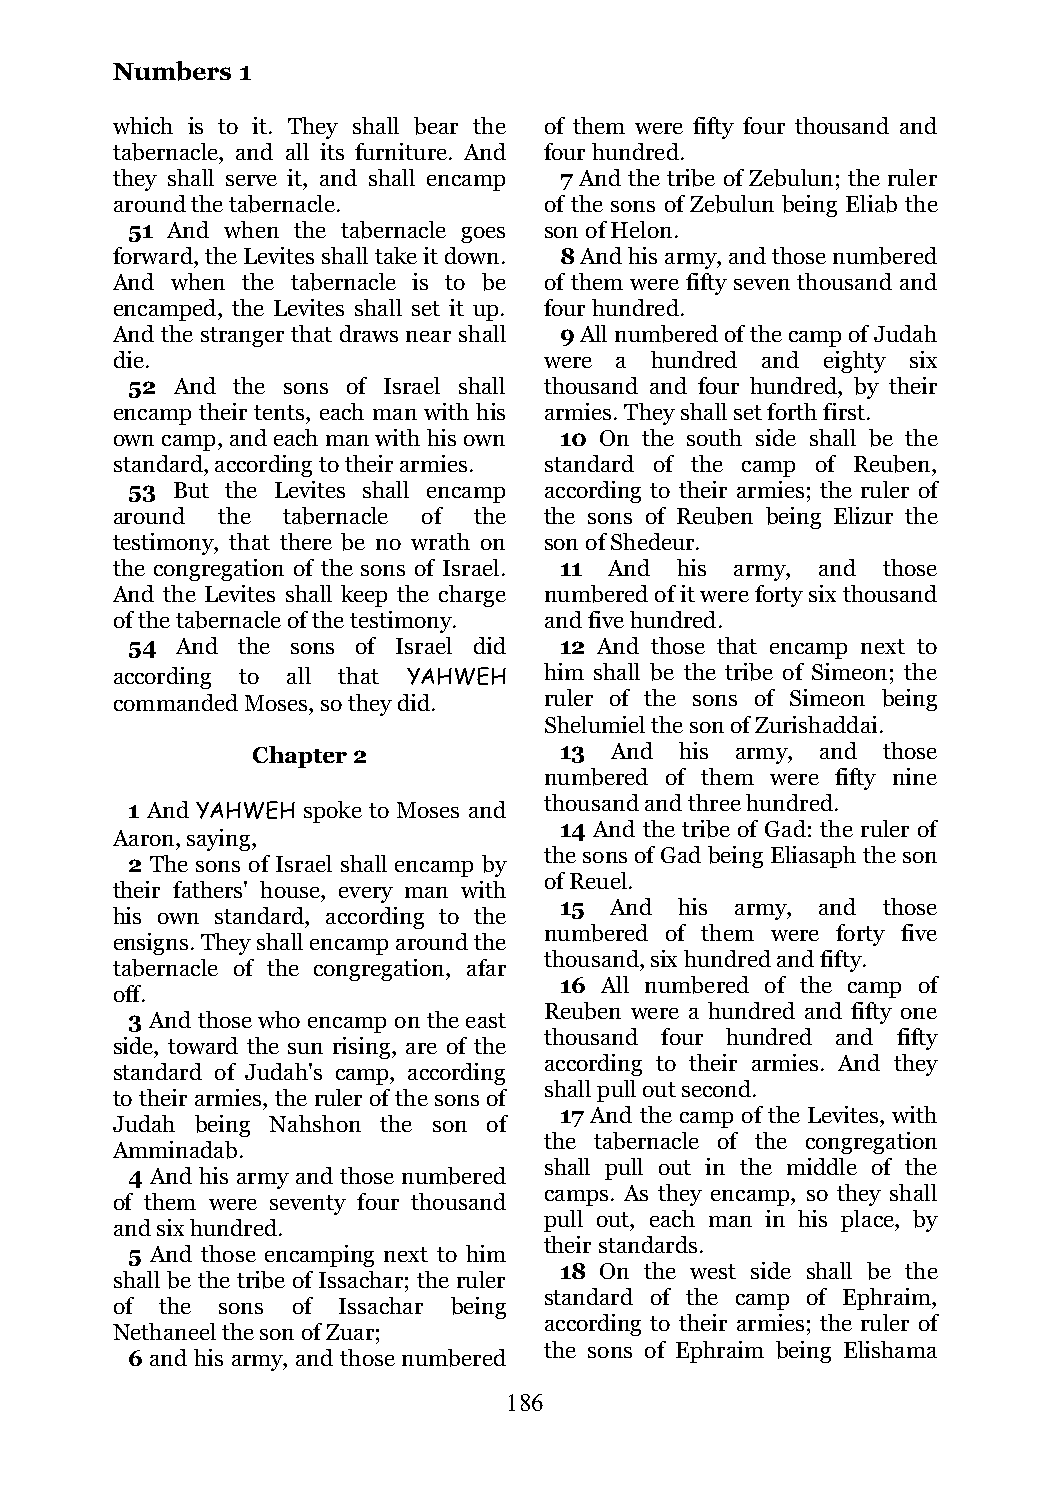
Numbers  1
 which is to it. They shall bear the of them were fifty four thousand and
 tabernacle, and all its furniture. And four hundred.
 they shall serve it, and shall encamp 7 And the tribe of Zebulun; the ruler
 around the tabernacle.       of the sons of Zebulun being Eliab the
 51 And when the tabernacle goes son of Helon.
 forward, the Levites shall take it down. 8 And his army, and those numbered
 And when the tabernacle is to be of them were fifty seven thousand and
 encamped, the Levites shall set it up. four hundred.
 And the stranger that draws near shall 9 All numbered of the camp of Judah
 die.                         were a hundred and eighty six
 52  And the sons of Israel shall thousand and four hundred, by their
 encamp their tents, each man with his armies. They shall set forth first.
 own camp, and each man with his own 10 On the south side shall be the
 standard, according to their armies. standard of the camp of Reuben,
 53 But the Levites shall encamp according to their armies; the ruler of
 around the  tabernacle of the the sons of Reuben being Elizur the
 testimony, that there be no wrath on son of Shedeur.
 the congregation of the sons of Israel. 11 And his army, and those
 And the Levites shall keep the charge numbered of it were forty six thousand
 of the tabernacle of the testimony. and five hundred.
 54  And the sons of Israel did 12 And those that encamp next to
 according to all that YAHWEH him shall be the tribe of Simeon; the
 commanded Moses, so they did. ruler of the sons of Simeon being
 Shelumiel the son of Zurishaddai.
 Chapter 2           13 And  his army, and those
 numbered of them were fifty nine
 thousand and three hundred.
 1 And YAHWEH spoke to Moses and
 14 And the tribe of Gad: the ruler of
 Aaron, saying,
 the sons of Gad being Eliasaph the son
 2 The sons of Israel shall encamp by
 of Reuel.
 their fathers' house, every man with
 15 And  his army, and those
 his own standard, according to the
 numbered of them were forty five
 ensigns. They shall encamp around the
 thousand, six hundred and fifty.
 tabernacle of the congregation, afar
 16 All numbered of the camp of
 off.
 Reuben were a hundred and fifty one
 3 And those who encamp on the east
 thousand four hundred and fifty
 side, toward the sun rising, are of the
 according to their armies. And they
 standard of Judah's camp, according
 shall pull out second.
 to their armies, the ruler of the sons of
 17 And the camp of the Levites, with
 Judah being Nahshon the son of
 the tabernacle of the congregation
 Amminadab.
 shall pull out in the middle of the
 4 And his army and those numbered
 camps. As they encamp, so they shall
 of them were seventy four thousand
 pull out, each man in his place, by
 and six hundred.
 their standards.
 5 And those encamping next to him
 18 On the west side shall be the
 shall be the tribe of Issachar; the ruler
 standard of the camp of Ephraim,
 of  the sons of Issachar being
 according to their armies; the ruler of
 Nethaneel the son of Zuar;
 the sons of Ephraim being Elishama
 6 and his army, and those numbered
 186